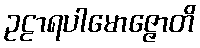
ဥဠာရပါမောဇ္ဇောတိ